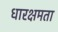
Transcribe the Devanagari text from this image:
धारक्षमता